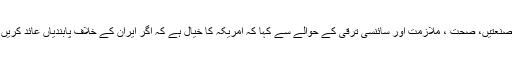
صدر روحانی نے مختلف شعبوں زراعت، تیل، گیس، پٹرول، صنعتیں، صحت ، ملازمت اور سائنسی ترقی کے حوالے سے کہا کہ امریکہ کا خیال ہے کہ اگر ایران کے خلاف پابندیاں عائد کریں گے تو ہم ہتھیار ڈال دیں گے، امریکہ غلط فہمی کا شکار ہے۔